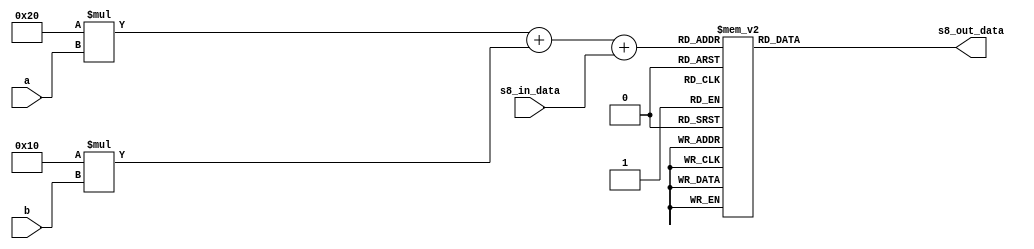
module s8_box(
   input[3:0] s8_in_data,
      input a,
   input b,
   output[3:0] s8_out_data
 );
   
   reg[3:0] out_bits;
   reg [5:0] flag;

    always@(*) begin
          flag=32*a+16*b+s8_in_data;

     case (flag)
        6'd0  : out_bits = 4'd13;             
        6'd1  : out_bits = 4'd2;             
        6'd2  : out_bits = 4'd8;            
        6'd3  : out_bits = 4'd4;             
        6'd4  : out_bits = 4'd6;             
        6'd5  : out_bits = 4'd15;             
        6'd6  : out_bits = 4'd11;             
        6'd7  : out_bits = 4'd1;             
        6'd8  : out_bits = 4'd10;             
        6'd9  : out_bits = 4'd9;             
        6'd10 : out_bits = 4'd3;             
        6'd11 : out_bits = 4'd14;             
        6'd12 : out_bits = 4'd5;             
        6'd13 : out_bits = 4'd0;             
        6'd14 : out_bits = 4'd12;             
        6'd15 : out_bits = 4'd7;             
        6'd16 : out_bits = 4'd1;             
        6'd17 : out_bits = 4'd15;             
        6'd18 : out_bits = 4'd13;             
        6'd19 : out_bits = 4'd8;             
        6'd20 : out_bits = 4'd10;             
        6'd21 : out_bits = 4'd3;             
        6'd22 : out_bits = 4'd7;             
        6'd23 : out_bits = 4'd4;             
        6'd24 : out_bits = 4'd12;             
        6'd25 : out_bits = 4'd5;             
        6'd26 : out_bits = 4'd6;             
        6'd27 : out_bits = 4'd11;             
        6'd28 : out_bits = 4'd0;             
        6'd29 : out_bits = 4'd14;             
        6'd30 : out_bits = 4'd9;             
        6'd31 : out_bits = 4'd2;             
        6'd32 : out_bits = 4'd7;             
        6'd33 : out_bits = 4'd11;             
        6'd34 : out_bits = 4'd4;             
        6'd35 : out_bits = 4'd1;             
        6'd36 : out_bits = 4'd9;             
        6'd37 : out_bits = 4'd12;             
        6'd38 : out_bits = 4'd14;             
        6'd39 : out_bits = 4'd2;             
        6'd40 : out_bits = 4'd0;             
        6'd41 : out_bits = 4'd6;             
        6'd42 : out_bits = 4'd10;             
        6'd43 : out_bits = 4'd13;             
        6'd44 : out_bits = 4'd15;             
        6'd45 : out_bits = 4'd3;             
        6'd46 : out_bits = 4'd5;             
        6'd47 : out_bits = 4'd8;             
        6'd48 : out_bits = 4'd2;             
        6'd49 : out_bits = 4'd1;             
        6'd50 : out_bits = 4'd14;             
        6'd51 : out_bits = 4'd7;             
        6'd52 : out_bits = 4'd4;             
        6'd53 : out_bits = 4'd10;            
        6'd54 : out_bits = 4'd8;             
        6'd55 : out_bits = 4'd13;            
        6'd56 : out_bits = 4'd15;        
        6'd57 : out_bits = 4'd12;        
        6'd58 : out_bits = 4'd9;       
        6'd59 : out_bits = 4'd0;       
        6'd60 : out_bits = 4'd3;       
        6'd61 : out_bits = 4'd5;       
        6'd62 : out_bits = 4'd6;      
        6'd63 : out_bits = 4'd11;      
        default : out_bits = 4'd0;     
     endcase
   end
   assign s8_out_data = out_bits;

 endmodule